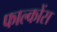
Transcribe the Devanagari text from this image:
फाल्कोंस